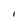
Character: I